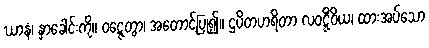
ဃာနံ၊ နှာခေါင်းကို။ ဝဋ္ဋေတွာ၊ အတောင့်ပြု၍။ ဌပိတဟရိတာ လဝဋ္ဋိံဝိယ၊ ထားအပ်သော